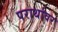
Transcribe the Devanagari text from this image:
परार्थावर